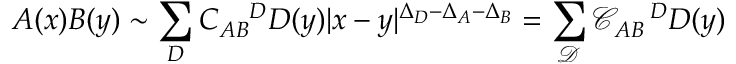
A ( x ) B ( y ) \sim \sum _ { D } C _ { A B } ^ { \; \; \; \; \; D } D ( y ) | x - y | ^ { \Delta _ { D } - \Delta _ { A } - \Delta _ { B } } = \sum _ { { \mathcal { D } } } { \mathcal { C } } _ { A B } ^ { \; \; \; \; \; D } D ( y )